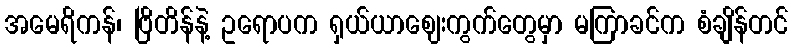
အမေရိကန်၊ ဗြိတိန်နဲ့ ဥရောပက ရှယ်ယာဈေးကွက်တွေမှာ မကြာခင်က စံချိန်တင်